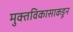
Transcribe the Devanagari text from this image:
मुक्तविकासाकडून